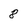
Character: 8